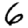
Digit: 6